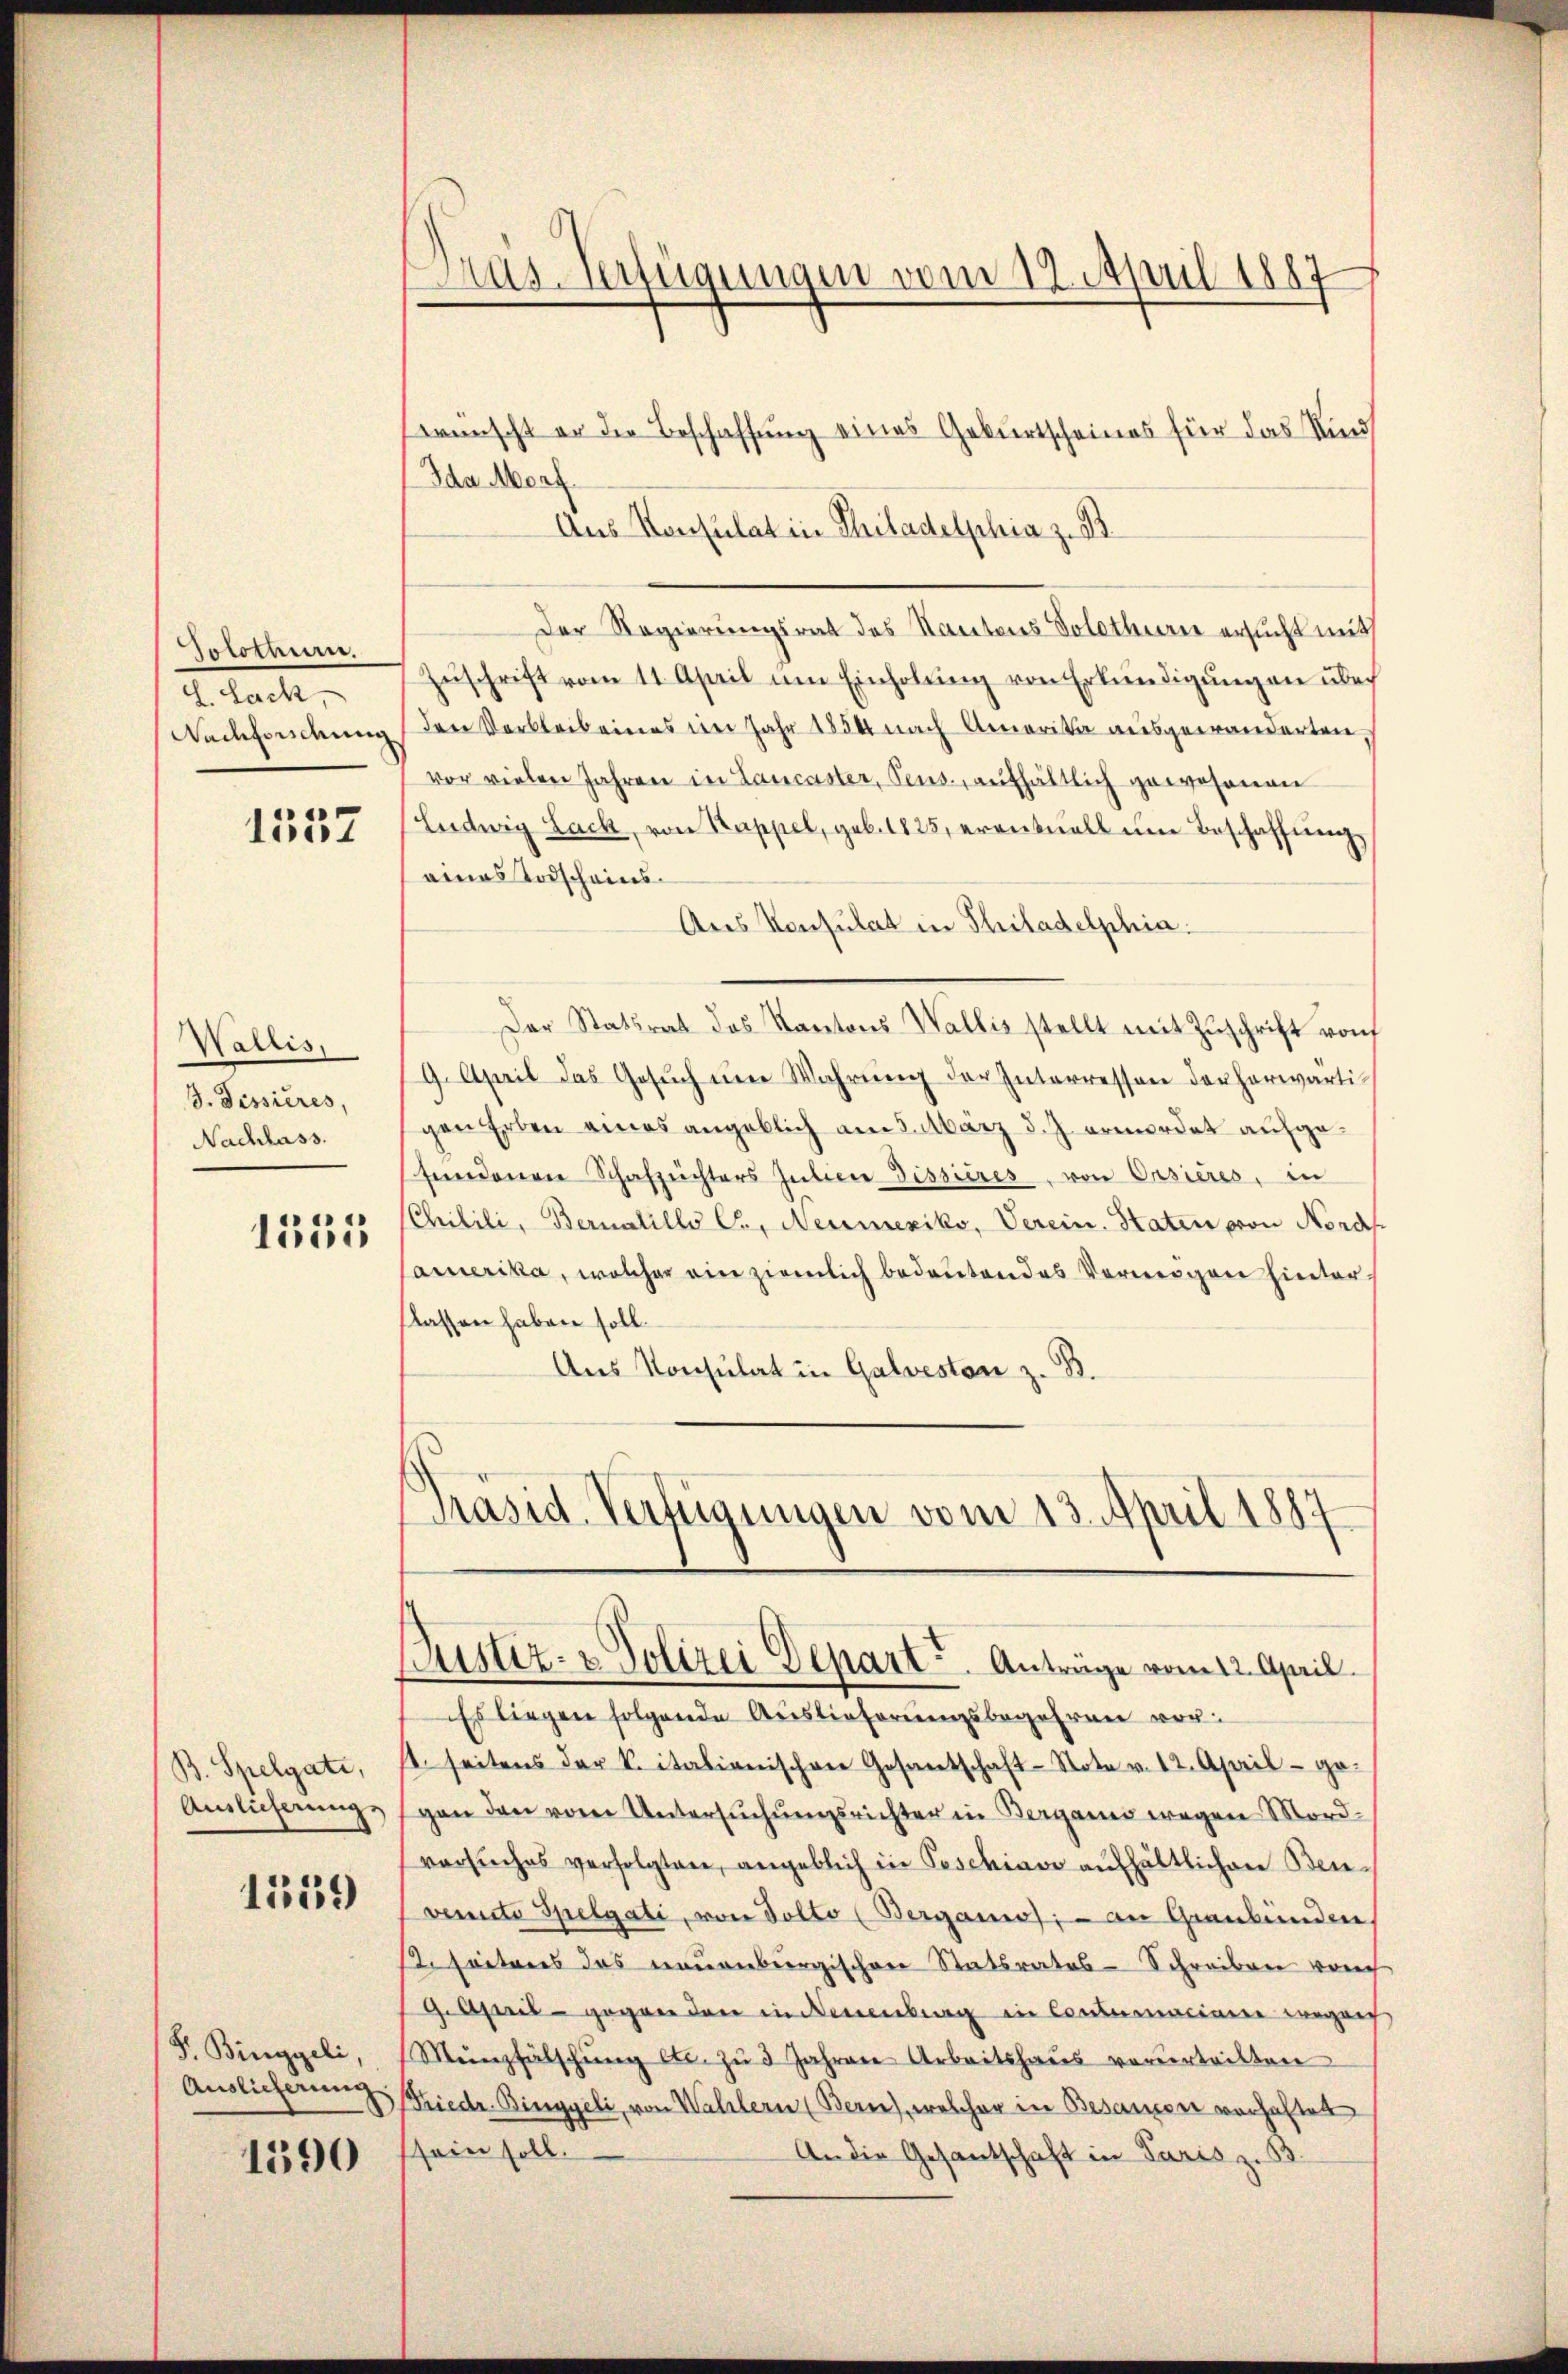
Solothur.
G. Sach,
Nachfordung

1557

Wallis,
3. Dessieres,
Nachlass.

1555

B. Spelgati,
Auslicherung.

11359)

F. Binggeli,
Auslieferung

1590

Ausverfügungen vom 12. April 1887

wünscht er die Beschaffung eines Geburtscheines für das Kind
Ida Morf
Aus Konsulat in Philadelphia z. B.
Der Regierungsrat des Kantons Solothurn ersucht mit
Zuschrift vom 11. April um Einholung von Erkundigungen über
der Verbleib eines im Jahr 1854 nach Amerika ausgewanderten,
vor vielen Jahren in Lancaster, Peus, aufhältlich gewesenen
Ludwig Lack, von Kappel, geb. 1825, eventuell um Beschaffung,
eines Todscheins¬
Ans Konsulat in Philadelphia.
Der Statsrat des Kantons Wallis stellt mit Zŭschrift vonf
9. April das Gesŭch ŭm Wahrŭng der Interressen der herwärtigen Erben eines angeblich am 5. März d. J. ermordet aufgesundenen Schafzuchters Juliere Disseres, von Orsieres, in
Chilili, Bernatillo C., Neumexiko, Verein. Staten von Nords
amerika, welcher ein ziemlich bedeutendes Vermögen hinterflassen haben soll.
Aus Konsulat in Galvesten z. B.
Präsid-Verfügungen vom 13. April 1887
Justiz- & Polizei Depart. Anträge vom 12. April.
Es liegen folgende Auslieferungsbegehren vor¬
1. seitens der K. italienischen Gesantschaft-Note v. 12. April ge-
gen den vom Untersuchungsrichter in Berganis wegen Mordversuches verfolgten, angeblich in Peschiavo aufhältlichen Benvenite Spelgati, von Tolto (Berganio; - an Graubünden
. seiteres das neuenbergischen Statsrates - Schreiben vorh
9. April - gegen den in Neuenburg in Coutumeiner wegen
Münzfälschŭng etc. zŭ 3 Jahren Arbeitshaŭs verurteilten
Friedr. Binggeli, von Wallern (Bern), welcher in Besammer vorhaftet
sein soll.
An die Gesantschaft in Paris z. B.